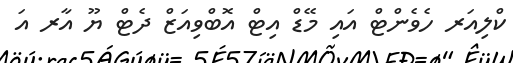
ކްލިއަރ ހެވެންޓް އައި މޭޑް އިޓް އޮބްވިއަޒް ދެޓް ޔޫ އާރ އަ